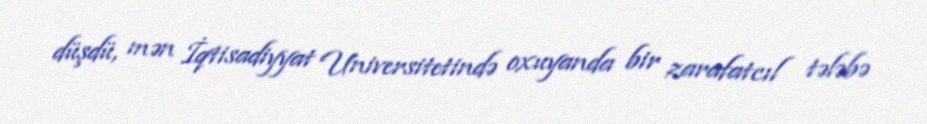
düşdü, mən İqtisadiyyat Universitetində oxuyanda bir zarafatcıl tələbə